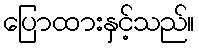
ပြောထားနှင့်သည်။